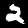
Label: 2